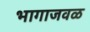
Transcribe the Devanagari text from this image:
भागाजवळ